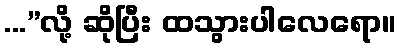
...”လို့ ဆိုပြီး ထသွားပါလေရော။